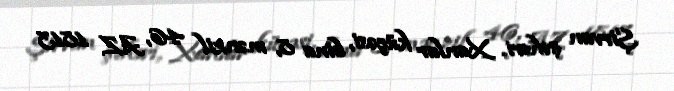
Şirvan şəhəri, Xanlar küçəsi, bina 8, mənzil 46, AZ 1813